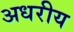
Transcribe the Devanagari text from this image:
अधरीय